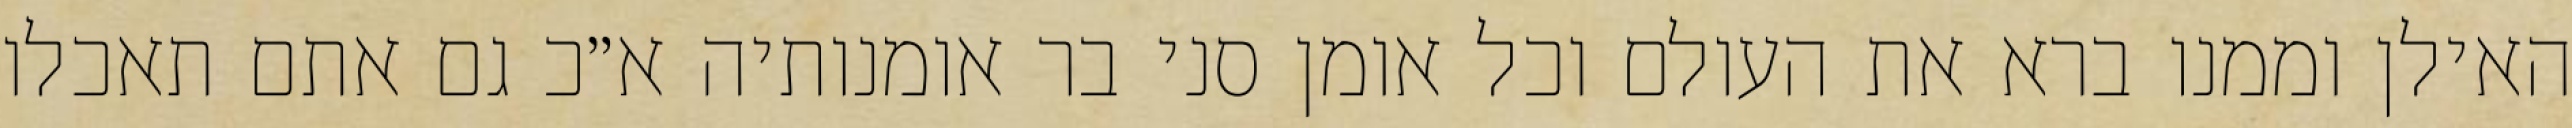
האילן וממנו ברא את העולם וכל אומן סני בר אומנותיה א״כ גם אתם תאכלו